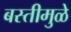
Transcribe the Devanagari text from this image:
बस्तीमुळे